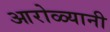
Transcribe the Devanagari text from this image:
आरोळ्यानी